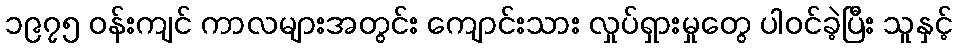
၁၉၇၅ ဝန်းကျင် ကာလများအတွင်း ကျောင်းသား လှုပ်ရှားမှုတွေ ပါဝင်ခဲ့ပြီး သူနှင့်